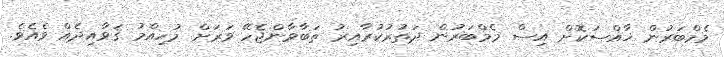
މެމްބަރުން ޚާއްސަކޮށް އިސް މެމްބަރުން ދަތުރުކުރާއިރު ތަބާވާންޖެހޭ ވަރަށް މުހިއްމު ޤަވާއިދެއް ވެއެވެ.